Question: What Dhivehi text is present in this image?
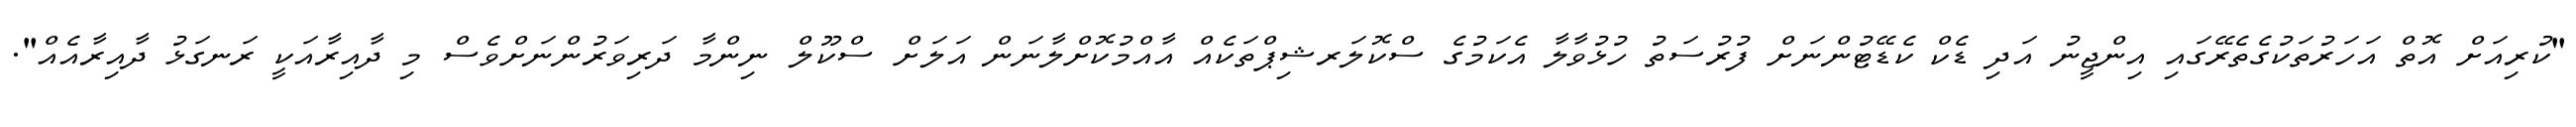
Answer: "ކުރިއަށް އޮތް އަހަރުތަކުގެތެރޭގައި އިންޖީނު އަދި ޑެކް ކެޑޭޓުންނަށް ފުރުސަތު ހުޅުވާލާ އެކަމުގެ ސްކޮލަރޝިޕްތަކެއް އާއްމުކޮށްލާނަން އަލަށް ސްކޫލް ނިންމާ ދަރިވަރުންނަށްވެސް މި ދާއިރާއަކީ ރަނގަޅު ދާއިރާއެއް".